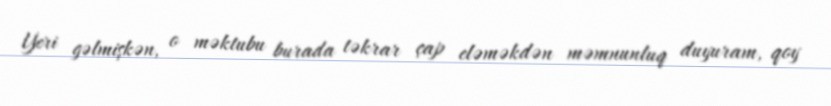
Yeri gəlmişkən, o məktubu burada təkrar çap eləməkdən məmnunluq duyuram, qoy